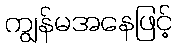
ကျွန်မအနေဖြင့်